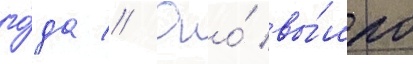
го́да // Оно́ вы́шло